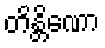
တိန္တိဏော